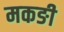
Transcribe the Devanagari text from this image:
मकङी